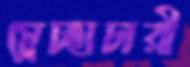
ম্লেচ্ছাচারী